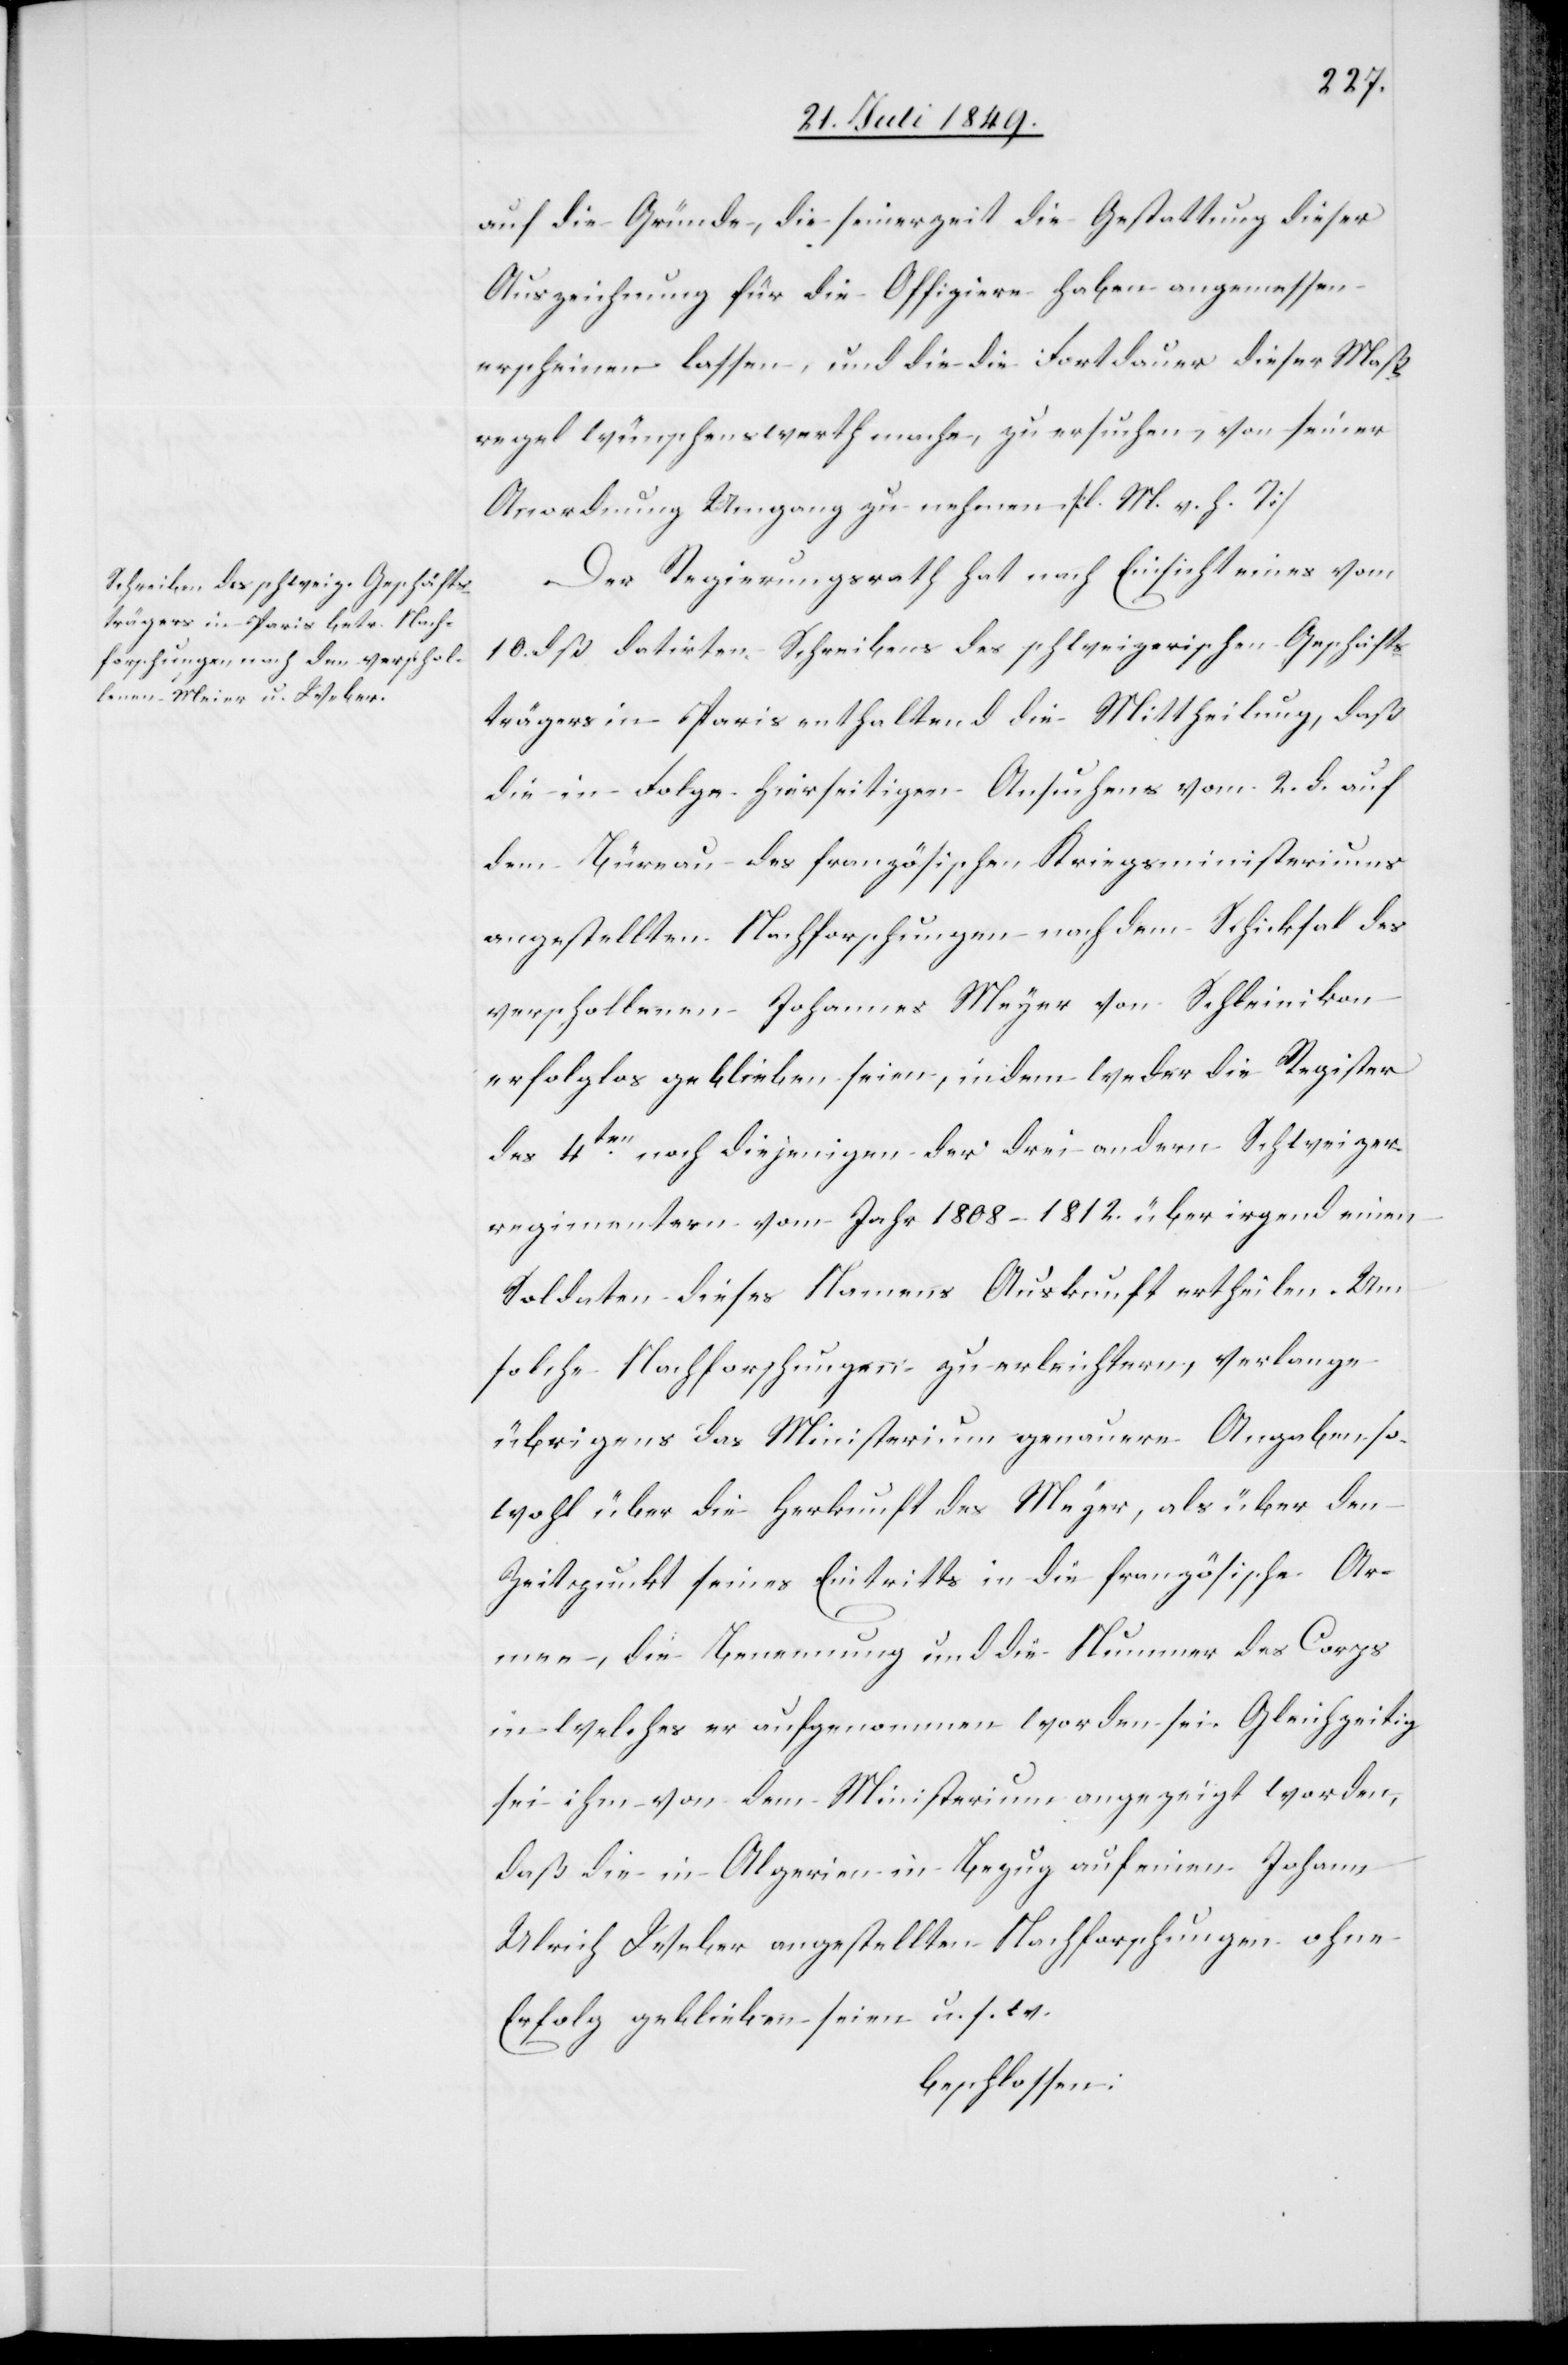
auf die Gründe, die seinerzeit die Gestattung dieser
Auszeichnung für die Offiziere haben angemessen
erscheinen lassen, und die die Fortdauer dieser Maß¬
regel wünschenswert mache, zu ersuchen, von seiner
Anordnung Umgang zu nehmen. [l. M. v. h. T]
Der Regierungsrath hat nach Einsicht eines vom
10. dß datirten Schreibens des schweizerischen Geschäfts¬
trägers in Paris enthaltend die Mittheilung, daß
die in Folge hierseitigen Ansuchens vom 2. d. auf
dem Büreau des französischen Kriegsministeriums
angestellten Nachforschungen nach dem Schicksal des
verschollenen Johannes Meyer von Schleinikon
erfolglos geblieben seien, indem weder die Register
des 4ten noch diejenigen der drei andern Schweizer¬
regimenter vom Jahr 1808–1812. über irgend einen
Soldaten dieses Namens Auskunft ertheilen. Um
solche Nachforschungen zu erleichtern, verlange
übrigens das Ministerium genauere Angaben so¬
wohl über die Herkunft des Meyer, als über den
Zeitpunkt seines Eintritts in die französische Ar¬
mee, die Benennung und die Nummer des Corps
in welches er aufgenommen worden sei. Gleichzeitig
sei ihm von dem Ministerium angezeigt worden,
daß die in Algerien in Bezug auf einen Johann
Ulrich Weber angestellte Nachforschungen ohne
Erfolg geblieben seien u. s. w.
beschlossen: